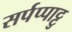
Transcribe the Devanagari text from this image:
सर्पप्पाट्टु